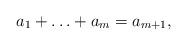
LaTeX: \begin{align*} a_1+ \ldots + a_m=a_{m+1}, \end{align*}